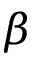
\beta